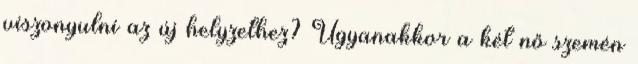
viszonyulni az új helyzethez? Ugyanakkor a két nő szemén